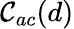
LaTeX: \mathcal{C}_{ac}(d)